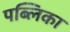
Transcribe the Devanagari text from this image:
पब्लिका